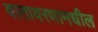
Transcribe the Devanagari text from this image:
वातावरणामधील